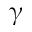
\upgamma